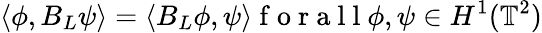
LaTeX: \langle\phi,B_{L}\psi\rangle=\langle B_{L}\phi,\psi\rangle\mathrm{~f~o~r~a~l~l~}\phi,\psi\in H^{1}(\mathbb{T}^{2})